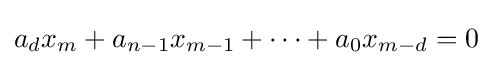
a_{d}x_{m}+a_{n-1}x_{m-1}+\dots +a_{0}x_{m-d}=0